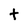
Character: t